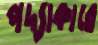
পদ্যাকারে